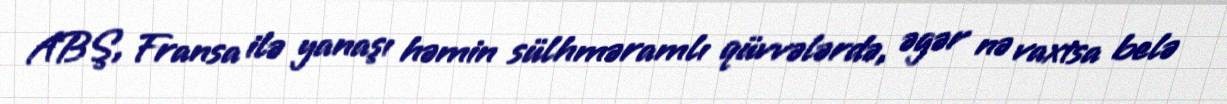
ABŞ, Fransa ilə yanaşı həmin sülhməramlı qüvvələrdə, əgər nə vaxtsa belə